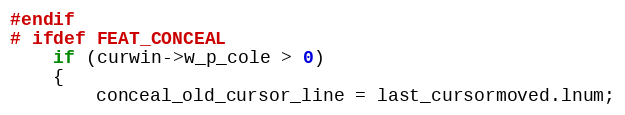
Language: C
#endif
# ifdef FEAT_CONCEAL
	if (curwin->w_p_cole > 0)
	{
	    conceal_old_cursor_line = last_cursormoved.lnum;